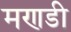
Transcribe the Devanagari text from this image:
मणडी